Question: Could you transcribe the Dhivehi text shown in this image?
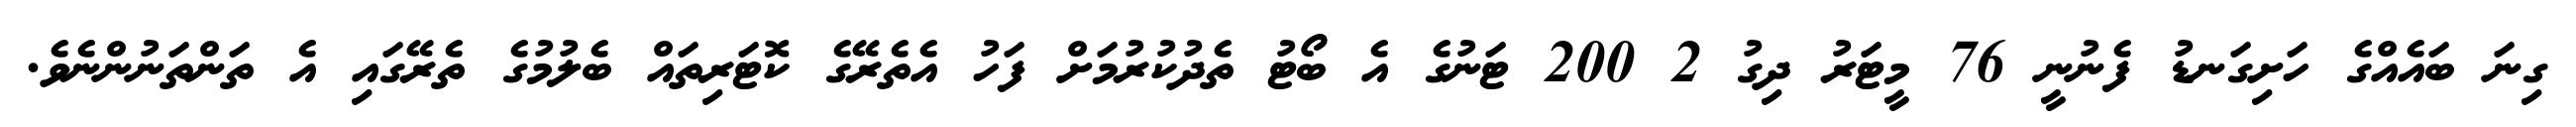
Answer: ގިނަ ބައެއްގެ ހަށިގަނޑު ފެނުނީ 76 މީޓަރު ދިގު 2 200 ޓަނުގެ އެ ބޯޓު ތެދުކުރުމަށް ފަހު އެތެރޭގެ ކޮޓަރިތައް ބެލުމުގެ ތެރޭގައި އެ ތަންތަނުންނެވެ.